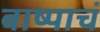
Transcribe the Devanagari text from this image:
बाष्पाचं